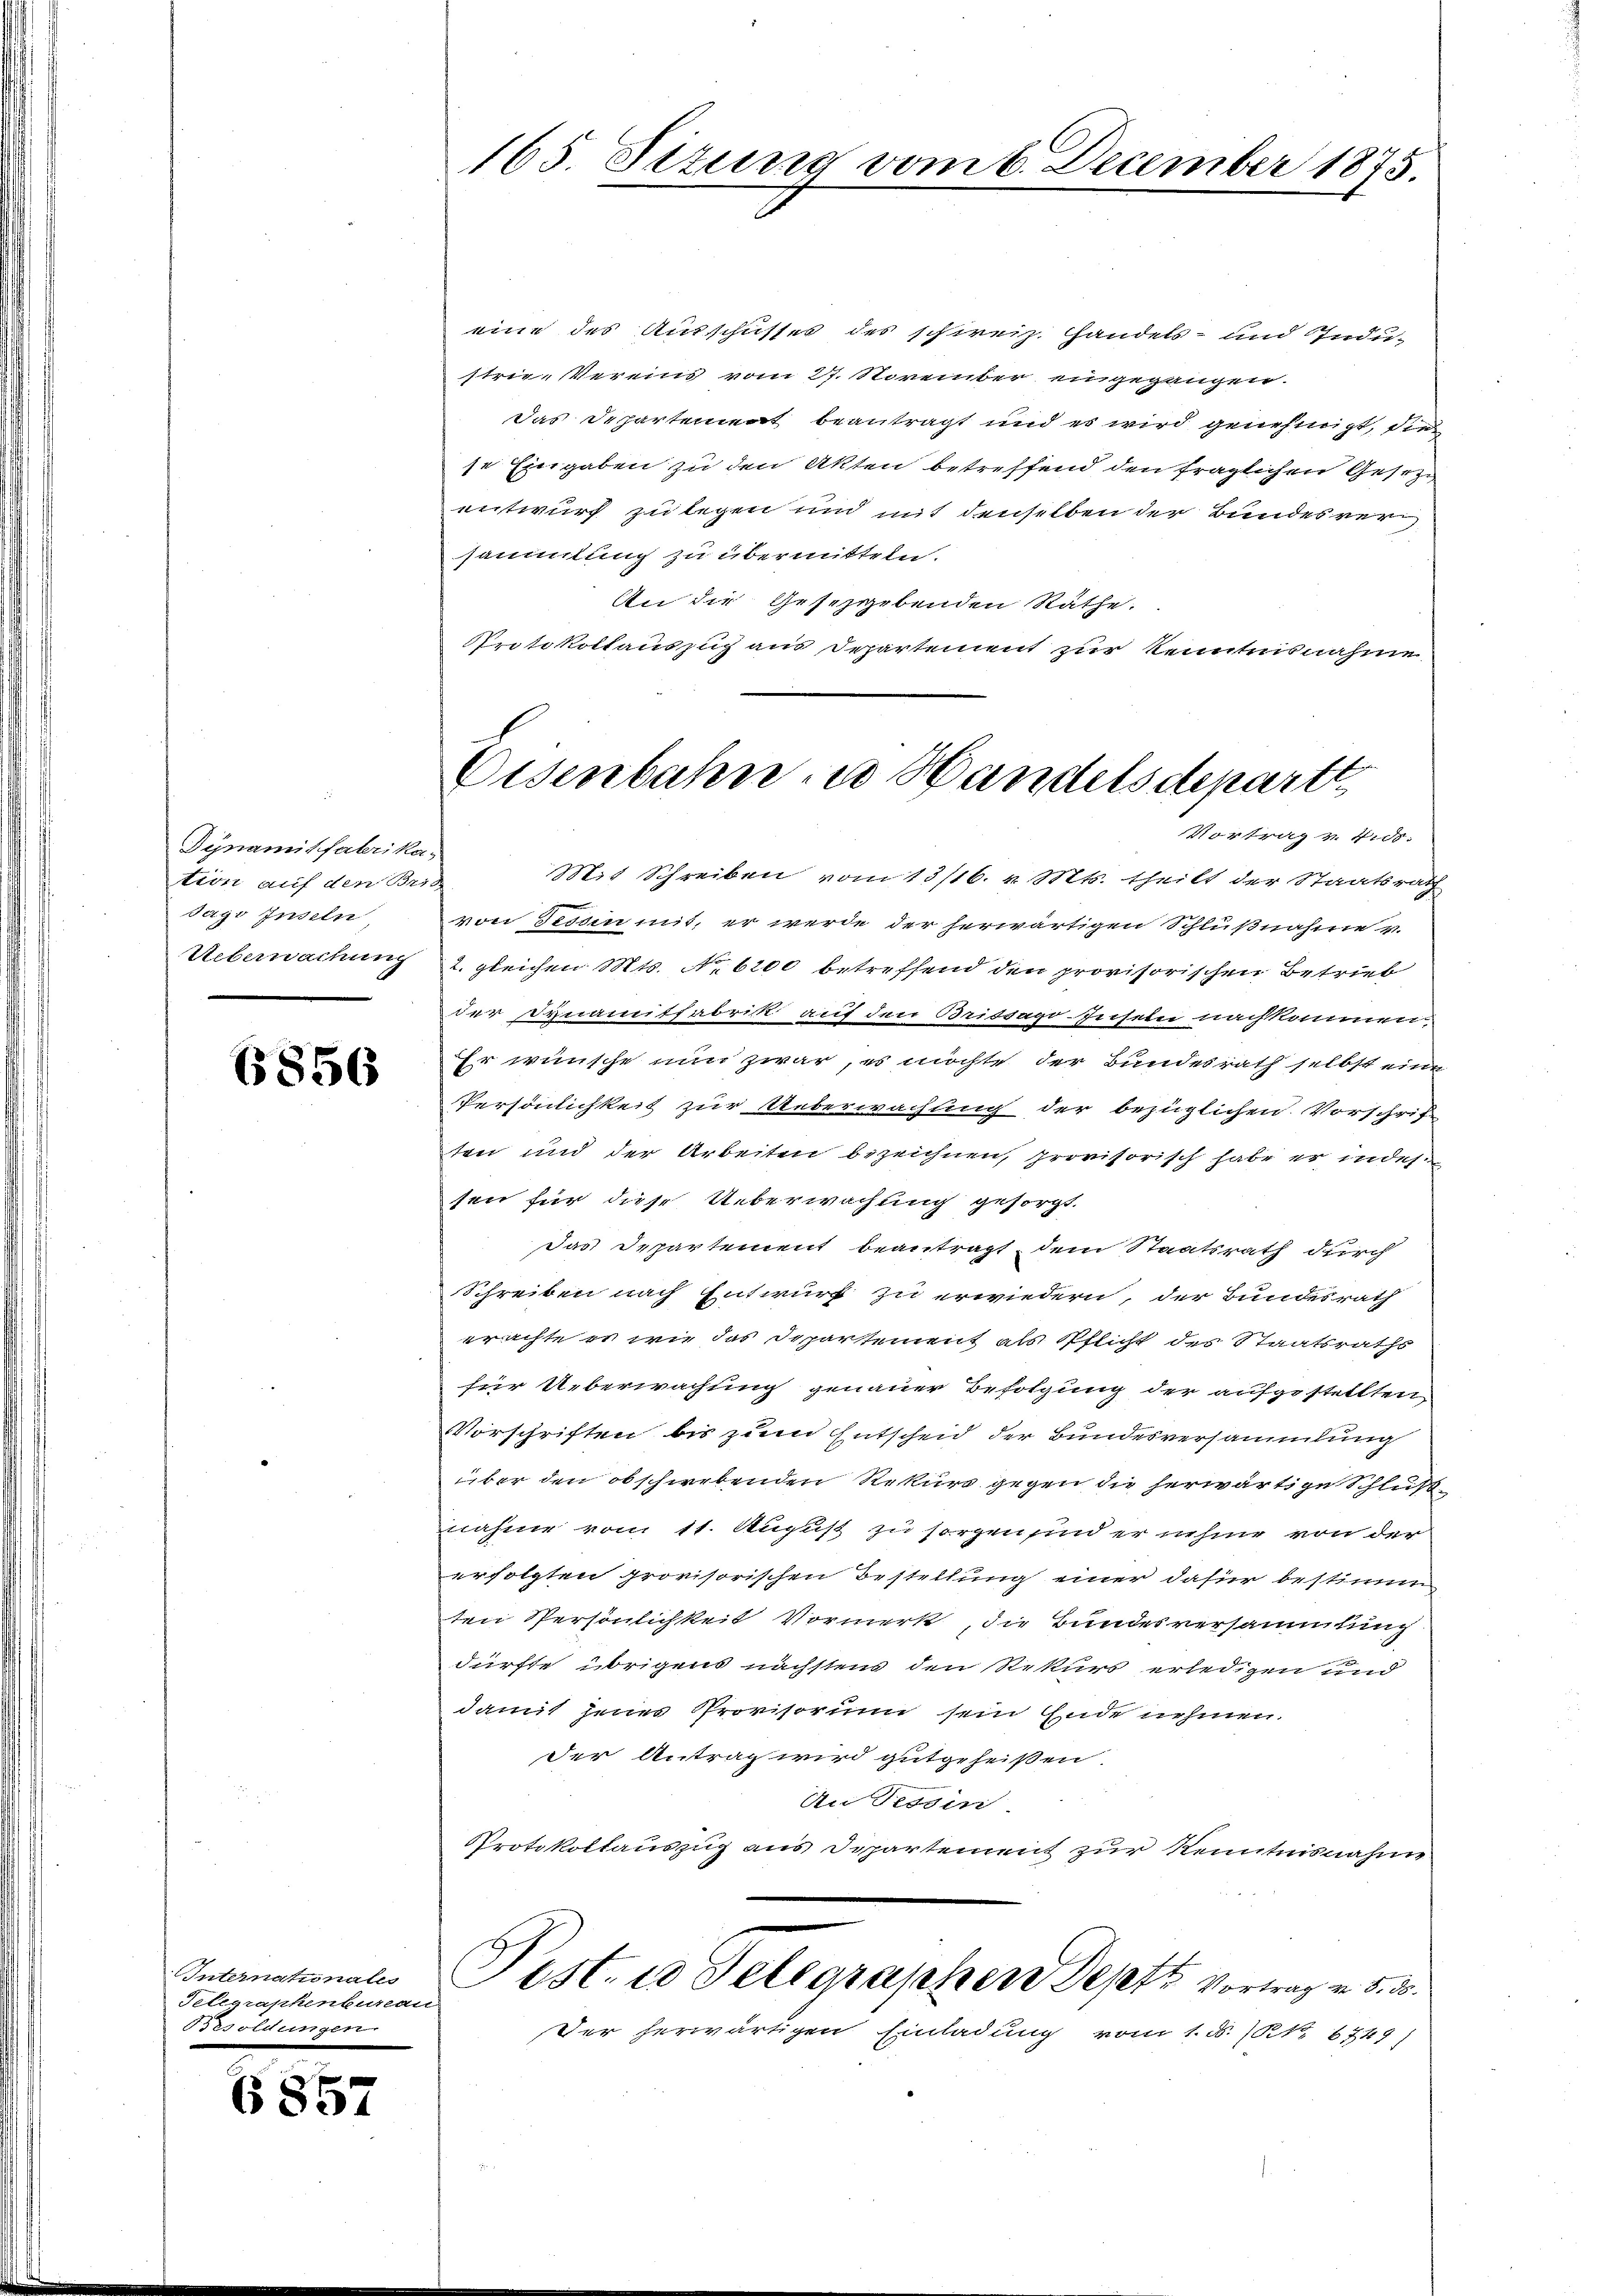
Dynamisfabrikation auf den Bris
Tage Inseln
Uebernachung

6856

Internationales
Telegraphenbureau
Besoldungen

fxx
6834

165. Sizung vom 6. December 1875.

eine des Ausschusses des schweiz. Handels- und Indu-
strie-Vereins vom 27. November eingegangen.
das Departement beantragt und es wird genehmigt, die
se Eingaben zu den Akten betreffend den fraglichen Gesetz
entwurf zu legen und mit denselben der Bundesver
sammlung zu übermitteln.
An die Gesetzgebenden Räthe.
Protokollauszug aus Departement zur Kenntnisnahme
Mit Schreiben vom 13/16. v. Mts. theilt der Staatsrath
von Tessin mit, er werde der herwärtigen Schlußnahme v.
2. gleichen Mts. No 6200 betreffend den provisorischen Betrieb
der Dynamitfabrik auf den Brissago-suseln nachkommen.
Er wünsche nun zwar, es möchte der Bundesrath selbst eine
Persönlichkeit zur Ueberwachung der bezüglichen Vorschrif
ten und der Arbeiten bezeichnen, provisorisch habe er indes:
sen für diese Ueberwachung gesorgt.
das Departement beantragt dem Staatsrath durch
Schreiben nach Entwurf zu erwiedern, der Bundesrath
erachte es wie das Departement als Pflicht des Staatsraths
für Ueberwachung genauer Befolgung der aufgestellten
Vorschriften bis zum Entscheid der Bundesversammlung
über den obschwebenden Rekurs gegen die herwärtige Schluß-
nahme vom 11. August zu sorgen sind er nehme von der
erfolgten provisorischen Bestellung einer dafür bestimm
ten Persönlichkeit Vormerk, die Bundesversammlung
dürfte übrigens nächstens den Rekurs erledigen und
damit jenes Provisorum sein Ende nehmen.
der Antrag wird gutgeheißen.
An Tessin
Protokollauszug aus Departement zur Kenntnisnahme
Pest. 20 Telegraphen Septe Vortrag v. 8. d.
Der herwärtigen Einladung vom 1. M. (§ 6749)

Eisenbahn zu Handelsdeparte
Vortrag v. 7.ds.